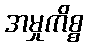
အမှုကိစ္စ